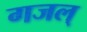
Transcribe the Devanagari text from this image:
गजल्